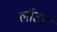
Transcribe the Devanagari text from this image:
लॉउड